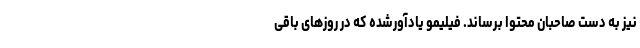
نیز به دست صاحبان محتوا برساند. فیلیمو یادآورشده که در روزهای باقی